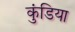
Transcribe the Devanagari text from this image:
कुंडिया